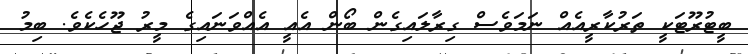
ބީޓުރޫޓަކީ ތަރުކާރީއެއް ނަމަވެސް ގިރާލައިގެން ބޯން އެއީ އެއްވަނައިގެ މީރު ޖޫހެކެވެ. ބިމު